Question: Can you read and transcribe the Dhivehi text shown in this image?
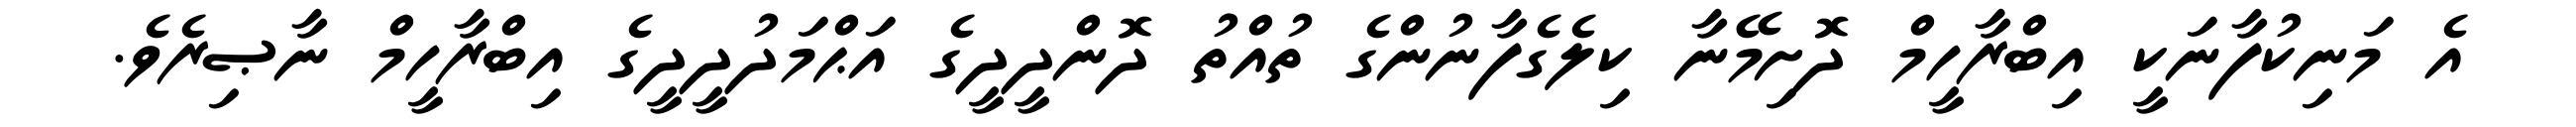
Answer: އެ މަނިކުފާނަކީ އިބްރާހީމް ދޮށިމޭނާ ކިލެގެފާނުންގެ ތުއްތު ދޮންދީދީގެ އަޙްމަދުދީދީގެ އިބްރާހީމް ނާޞިރެވެ.